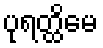
ပုရတ္ထိမေ